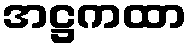
အဋ္ဌကထာ